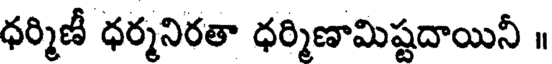
ధర్మిణీ ధర్మనిరతా ధర్మిణామిష్టదాయినీ ॥